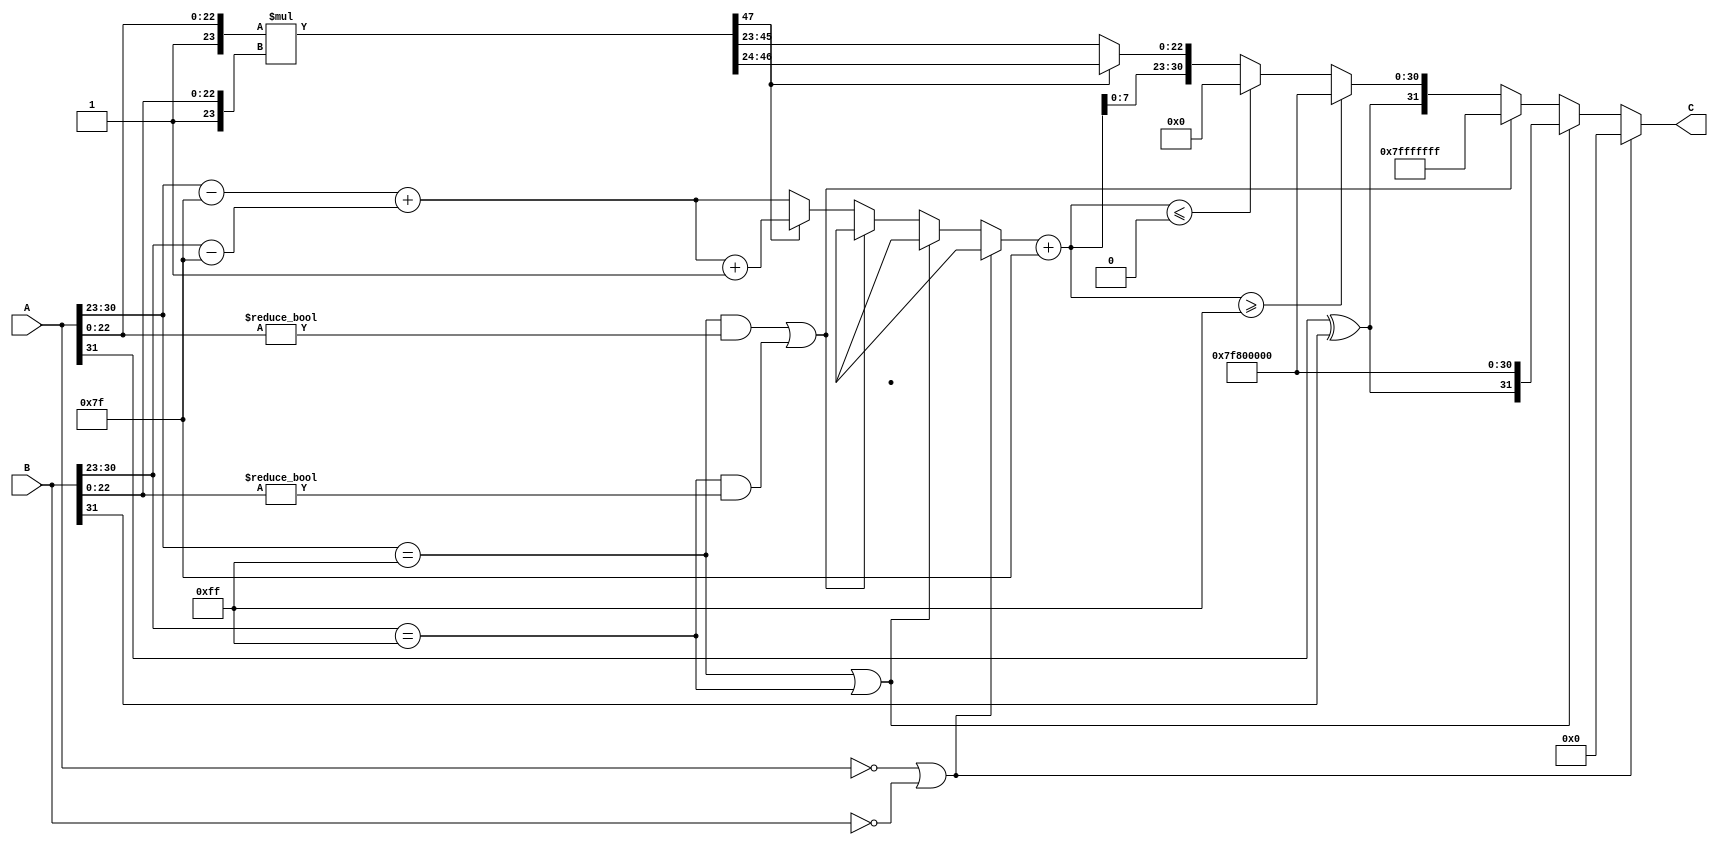
module floating_point_multiplier(
    input [31:0] A,  // First floating-point number
    input [31:0] B,  // Second floating-point number
    output reg [31:0] C // Result of multiplication
);

    // Constants
    parameter BIAS = 127;
    parameter EXPONENT_BITS = 8;
    parameter MANTISSA_BITS = 23;
    parameter MANTISSA_WIDTH = MANTISSA_BITS + 1; // Include implicit leading 1

    // Signals for sign, exponent, and mantissa
    wire sign_a = A[31];
    wire sign_b = B[31];
    wire [EXPONENT_BITS-1:0] exp_a = A[30:23];
    wire [EXPONENT_BITS-1:0] exp_b = B[30:23];
    wire [MANTISSA_BITS-1:0] mant_a = A[22:0];
    wire [MANTISSA_BITS-1:0] mant_b = B[22:0];

    // Output sign
    wire output_sign = sign_a ^ sign_b;

    // Exponent calculation
    wire [EXPONENT_BITS:0] exp_a_adjusted = {1'b0, exp_a} - BIAS; // Adjusted exponent A
    wire [EXPONENT_BITS:0] exp_b_adjusted = {1'b0, exp_b} - BIAS; // Adjusted exponent B
    wire [EXPONENT_BITS:0] exp_sum = exp_a_adjusted + exp_b_adjusted; // Sum of adjusted exponents

    // Mantissa calculation (normalized)
    wire [MANTISSA_WIDTH-1:0] mant_a_norm = {1'b1, mant_a}; // Normalized mantissa A
    wire [MANTISSA_WIDTH-1:0] mant_b_norm = {1'b1, mant_b}; // Normalized mantissa B
    wire [MANTISSA_WIDTH*2-1:0] mant_product = mant_a_norm * mant_b_norm; // Mantissa multiplication

    // Result mantissa and exponent
    reg [MANTISSA_WIDTH-1:0] mant_result;
    reg [EXPONENT_BITS:0] exp_result;

    always @* begin
        // Default values
        mant_result = 0;
        exp_result = 0;

        // Check for special cases
        if (A == 32'h00000000 || B == 32'h00000000) begin
            // Zero case
            C = 32'h00000000; // Result is zero
        end else if (A[30:23] == 8'hFF || B[30:23] == 8'hFF) begin
            // Infinity case
            C = {output_sign, 8'hFF, 23'h000000}; // Result is infinity
        end else if ((A[30:23] == 8'hFF && A[22:0] != 0) || (B[30:23] == 8'hFF && B[22:0] != 0)) begin
            // NaN case
            C = 32'h7FFFFFFF; // Result is NaN
        end else begin
            // Normalization
            if (mant_product[MANTISSA_WIDTH*2-1]) begin
                // Result is >= 2 (shift right)
                mant_result = mant_product[MANTISSA_WIDTH*2-2:MANTISSA_WIDTH]; // Shift right
                exp_result = exp_sum + 1; // Increase exponent
            end else begin
                // Result is < 2 (no shift)
                mant_result = mant_product[MANTISSA_WIDTH*2-2:MANTISSA_WIDTH-1]; // Use upper part
                exp_result = exp_sum; // Use summed exponent
            end

            // Add bias to the exponent
            exp_result = exp_result + BIAS;

            // Handle overflow and underflow
            if (exp_result >= 8'hFF) begin
                // Overflow case
                C = {output_sign, 8'hFF, 23'h000000}; // Result is infinity
            end else if (exp_result <= 0) begin
                // Underflow case
                C = {output_sign, 8'h00, 23'h000000}; // Result is zero
            end else begin
                // Normal case
                C = {output_sign, exp_result[7:0], mant_result[MANTISSA_BITS-1:0]};
            end
        end
    end

endmodule